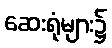
ဆေးရုံများ၌